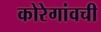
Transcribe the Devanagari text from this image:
कोरेगांवची